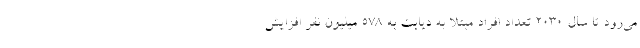
می‌رود تا سال ۲۰۳۰ تعداد افراد مبتلا به دیابت به ۵۷۸ میلیون نفر افزایش